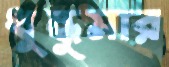
ধুন্ধুমার